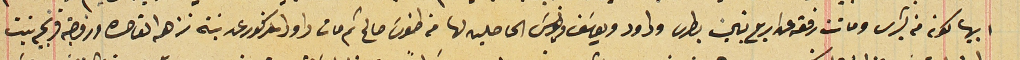
ابيها لكونه من بشرى وماتت رفقه عن اربع بنين بطرس وداود ويوسَف ويونسَ الحاصلين لها من طنوسَ صالح ثم مات داود المذكور عن بنته نزهه القاصره وزوجته فرنجيه بنت